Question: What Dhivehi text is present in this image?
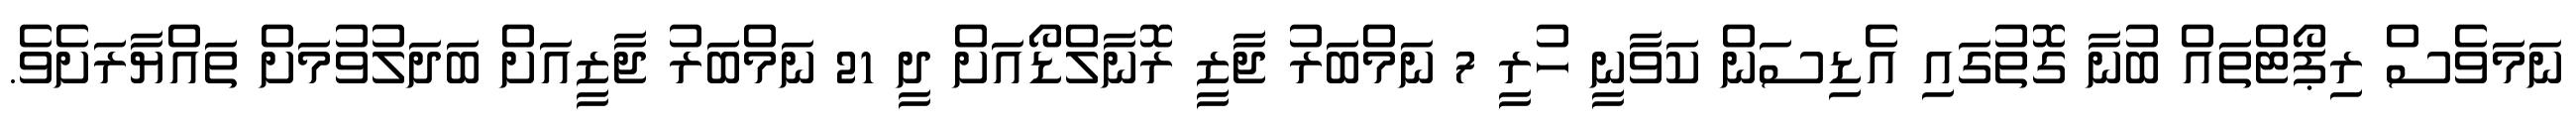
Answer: ނަމަވެސް ރިޕޯޓްތައް ބުނާ ގޮތުގައި އެޑިސަން ކަވާނީ ހުރީ 7 ނަމްބަރު ޖާޒީ ރޮނާލްޑޯއަށް ދީ 21 ނަމްބަރު ޖާޒީއަށް ބަދަލުވުމަށް ތައްޔާރަށެވެ.